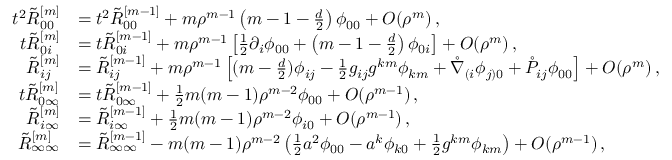
\begin{array} { r l } { t ^ { 2 } \tilde { R } _ { 0 0 } ^ { [ m ] } } & { = t ^ { 2 } \tilde { R } _ { 0 0 } ^ { [ m - 1 ] } + m \rho ^ { m - 1 } \left( m - 1 - \frac { d } { 2 } \right) \phi _ { 0 0 } + O ( \rho ^ { m } ) \, , } \\ { t \tilde { R } _ { 0 i } ^ { [ m ] } } & { = t \tilde { R } _ { 0 i } ^ { [ m - 1 ] } + m \rho ^ { m - 1 } \left[ \frac { 1 } { 2 } \partial _ { i } \phi _ { 0 0 } + \left( m - 1 - \frac { d } { 2 } \right) \phi _ { 0 i } \right] + O ( \rho ^ { m } ) \, , } \\ { \tilde { R } _ { i j } ^ { [ m ] } } & { = \tilde { R } _ { i j } ^ { [ m - 1 ] } + m \rho ^ { m - 1 } \left[ ( m - \frac { d } { 2 } ) \phi _ { i j } - \frac { 1 } { 2 } g _ { i j } g ^ { k m } \phi _ { k m } + \mathring \nabla _ { ( i } \phi _ { j ) 0 } + \mathring P _ { i j } \phi _ { 0 0 } \right] + O ( \rho ^ { m } ) \, , } \\ { t \tilde { R } _ { 0 \infty } ^ { [ m ] } } & { = t \tilde { R } _ { 0 \infty } ^ { [ m - 1 ] } + \frac { 1 } { 2 } m ( m - 1 ) \rho ^ { m - 2 } \phi _ { 0 0 } + O ( \rho ^ { m - 1 } ) \, , } \\ { \tilde { R } _ { i \infty } ^ { [ m ] } } & { = \tilde { R } _ { i \infty } ^ { [ m - 1 ] } + \frac { 1 } { 2 } m ( m - 1 ) \rho ^ { m - 2 } \phi _ { i 0 } + O ( \rho ^ { m - 1 } ) \, , } \\ { \tilde { R } _ { \infty \infty } ^ { [ m ] } } & { = \tilde { R } _ { \infty \infty } ^ { [ m - 1 ] } - m ( m - 1 ) \rho ^ { m - 2 } \left( \frac { 1 } { 2 } a ^ { 2 } \phi _ { 0 0 } - a ^ { k } \phi _ { k 0 } + \frac { 1 } { 2 } g ^ { k m } \phi _ { k m } \right) + O ( \rho ^ { m - 1 } ) \, , } \end{array}